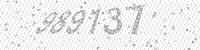
Solution: 989137